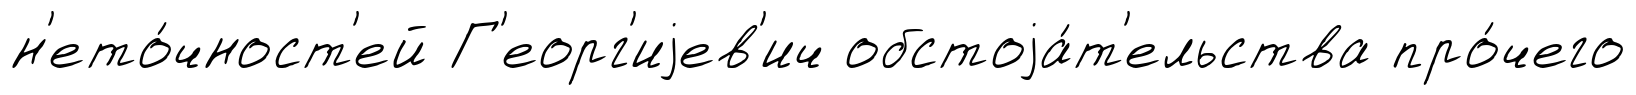
н'ето́чност'ей Г'еорг'иjев'ич обстоjа́т'ельства про́чего